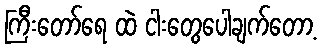
ကြီးတော်ရေ ထဲ ငါးတွေပေါချက်တော့